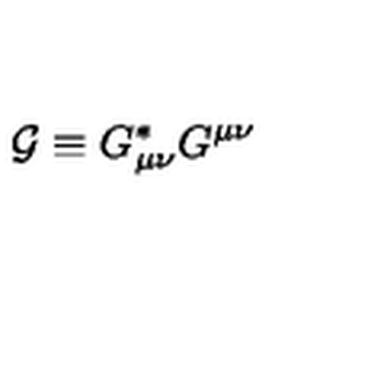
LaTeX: { \cal G } \equiv G _ { \mu \nu } ^ { \ast } G ^ { \mu \nu }